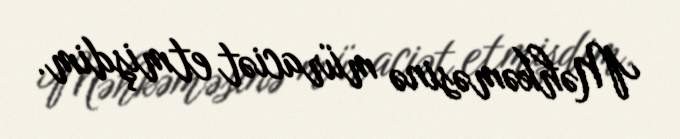
Məhkəməsinə müraciət etmişdim.